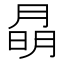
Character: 𭨽